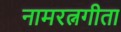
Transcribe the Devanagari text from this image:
नामरत्नगीता